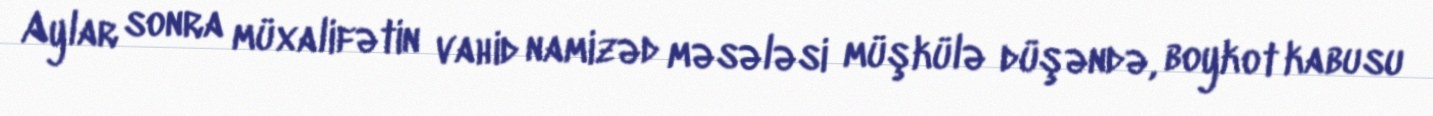
Aylar sonra müxalifətin vahid namizəd məsələsi müşkülə düşəndə, boykot kabusu